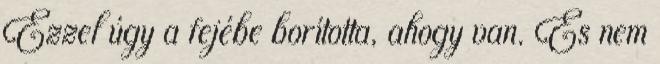
Ezzel úgy a fejébe borította, ahogy van. És nem